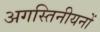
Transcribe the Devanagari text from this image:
अगस्तिनीयनों